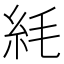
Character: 䋃